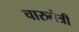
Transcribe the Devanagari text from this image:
चारुनेत्री